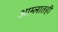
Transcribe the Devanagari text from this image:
आम्लातही